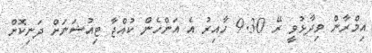
އިމްރާން ވިދާޅުވީ ރޭ 9.30 ހާއިރު އެ އަންހެން ކުއްޖާ ޓިއުޝަނަށް ދަނިކޮށް